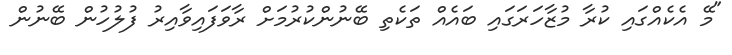
"މޭ އެކެއްގައި ކުރާ މުޒާހަރަގައި ބައެއް ތަކެތި ބޭނުންކުރުމަށް ރާވަފައިވާއިރު ފުލުހުން ބޭނުން